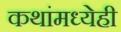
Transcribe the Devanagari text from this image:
कथांमध्येही